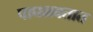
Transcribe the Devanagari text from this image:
पाघळवतात